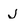
Character: J